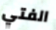
الفتي